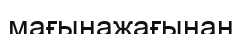
мағынажағынан